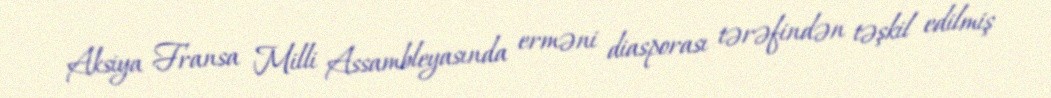
Aksiya Fransa Milli Assambleyasında erməni diasporası tərəfindən təşkil edilmiş